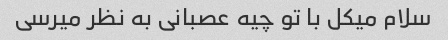
سلام میکل با تو چیه عصبانی به نظر میرسی